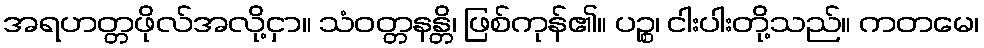
အရဟတ္တဖိုလ်အလို့ငှာ။ သံဝတ္တနန္တိ၊ ဖြစ်ကုန်၏။ ပဉ္စ၊ ငါးပါးတို့သည်။ ကတမေ၊